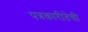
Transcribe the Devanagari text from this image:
पत्रकारीतेची